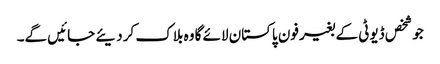
جو شخص ڈیوٹی کے بغیر فون پاکستان لائے گا وہ بلاک کر دیئے جائیں گے۔